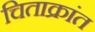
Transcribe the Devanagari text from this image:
चिताक्रांत